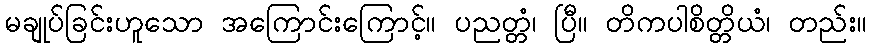
မချုပ်ခြင်းဟူသော အကြောင်းကြောင့်။ ပညတ္တံ၊ ပြီ။ တိကပါစိတ္တိယံ၊ တည်း။